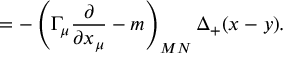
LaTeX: = - \left( \Gamma _ { \mu } \frac \partial { \partial x _ { \mu } } - m \right) _ { M N } \Delta _ { + } ( x - y ) .